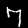
Digit: 7